Calcutta medical institutions reports 1892-1900
Year: 1892
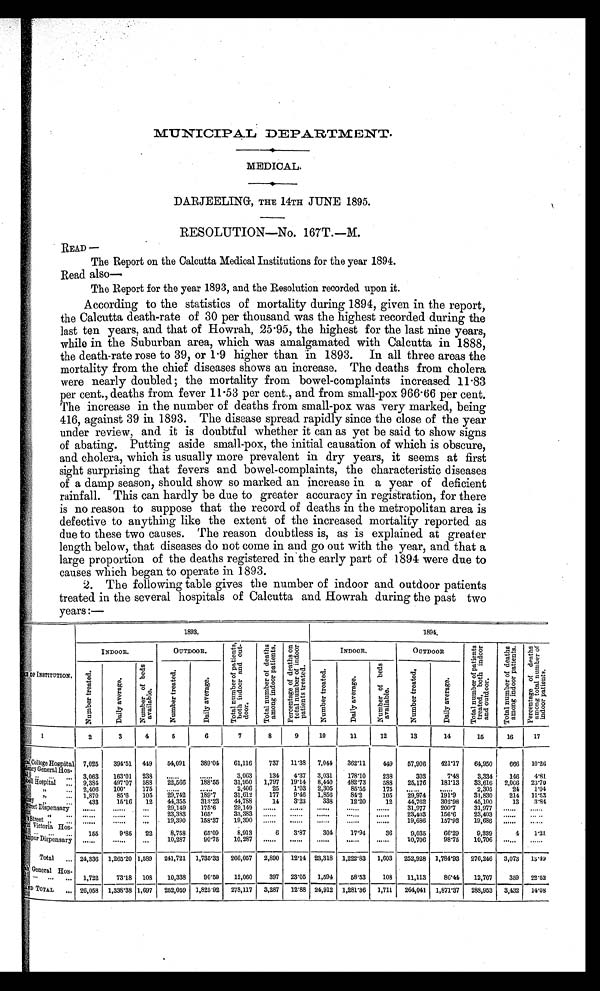
MUNICIPAL DEPARTMENT.
MEDICAL.
DARJEELING, THE 14TH JUNE 1895.
RESOLUTION—No. 167T.—M.
READ—
The Report on the Calcutta Medical Institutions for the year 1894.
Read als
o—
The Report for the year 1893, and the Resolution recorded upon it.
According to the statistics of mortality during 1894, given in the report,
the Calcutta death-rate of 30 per thousand was the highest recorded during the
last ten years, and that of Howrah, 25·95, the highest for the last nine years,
while in the Suburban area, which was amalgamated with Calcutta in 1888,
the death-rate rose to 39, or 1·9 higher than in 1893. In all three areas the
mortality from the chief diseases shows an increase. The deaths from cholera
were nearly doubled; the mortality from bowel-complaints increased 11·83
per cent., deaths from fever 11·53 per cent., and from small-pox 966·66 per cent.
The increase in the number of deaths from small-pox was very marked, being
416, against 39 in 1893. The disease spread rapidly since the close of the year
under review, and it is doubtful whether it can as yet be said to show signs
of abating. Putting aside small-pox, the initial causation of which is obscure,
and cholera, which is usually more prevalent in dry years, it seems at first
sight surprising that fevers and bowel-complaints, the characteristic diseases
of a damp season, should show so marked an increase in a year of deficient
rainfall. This can hardly be due to greater accuracy in registration, for there
is no reason to suppose that the record of deaths in the metropolitan area is
defective to anything like the extent of the increased mortality reported as
due to these two causes. The reason doubtless is, as is explained at greater
length below, that diseases do not come in and go out with the year, and that a
large proportion of the deaths registered in the early part of 1894 were due to
causes which began to operate in 1893.
2. The following table gives the number of indoor and outdoor patients
treated in the several hospitals of Calcutta and Howrah during the past two
years:—
O F N S T I T U T I O N .
1 8 9 3 .
1 8 9 4 .
I N D O O R .
OUTDOOR.
T o t a l n u m b e r o f p a t i e n t s , b o t h i n d o o r a n d o u t - d o o r .
T o t a l n u m b e r o f d e a t h s a m o n g i n d o o r p a t i e n t s .
P e r c e n t a g e o f d e a t h s o n t o t a l n u m b e r o f i n d o o r p a t i e n t s t r e a t e d .
I N D O O R .
O U T D O O R .
T o t a l n u m b e r o f p a t i e n t s t r e a t e d , b o t h i n d o o r a n d o u t d o o r . T o t a l n u m b e r o f d e a t h s a m o n g i n d o o r p a t i e n t s .
P e r c e n t a g e o f d e a t h s a m o n g t o t a l n u m b e r o f i n d o o r p a t i e n t s .
N u m b e r t r e a t e d .
D a i l y a v e r a g e .
N u m b e r o f b e d s a v a i l a b l e .
N u m b e r t r e a t e d .
D a i l y a v e r a g e .
N u m b e r t r e a t e d .
D a i l y a v e r a g e .
N u m b e r o f b e d s a v a i l a b l e .
N u m b e r t r e a t e d .
D a i l y a v e r a g e .
1
2
3
4
5
6
7
8
9
10
1 1
12
13
14
15
16
17
College Hospital 7,025 394.51 449 54,091
389.04
6 1 , 1 1 6 737 11.38 7,044 362.11
449 57,906 421.17
6 4 , 9 5 0 666 10.26
dency General Hos-
3,063 163.01 238
. . . . . .
. . . . . . 3,063
134 4.37 3,031
178.10
238
303
7.48
3,334
146 4.81
bell Hospital
9 , 3 8 4 497.07 588 22,566 188.55 31,950 1,797 19.14 8,440 482.73
588 25,176 181.13 33,616 2,066 23.70
,,
2,406 1 0 0 .
175
. . . . . .
. . . . . . 2,406
25 1.03 2,305
85.55
175
. . . . . .
. . . . . . 2,305
24 1.04
,,
1,870
85.6 105 29,742
1 8 9 . 7 31,612
177 9.46 1,856
84.2
105 29,974
1 9 1 . 9
31,830
214 11.53
, ,
433
15.16 12 44,355 313.23 44,788
14 3.23
338
12.20
12 44,762 302.98
45,100
13 3.84
Street Dispensary
. . . . . .
. . . . . .
. . . 29,149 175.6
29,149......
. . . . . .
. . . . . .
. . . . . .
. . . . . .
. . . . . . 31,977 200.7
31,977
. . . . . .
. . . . . .
,,
. . . . . .
. . . . . .
. . . 23,383 165.
33,383......
. . . . . .
. . . . . .
. . . . . .
. . . . . .
. . . . . . 23,403 156.6
23,403
. . . . . .
. . . . . .
Street ,,
. . . . . .
. . . . . .
. . . 19,390 158.37 19,390
. . . . . .
. . . . . .
. . . . . .
. . . . . .
. . . . . .
19,686 157.93 19,686
. . . . . .
. . . . . .
Victoria Hos-pital
155
9.85 22
8,758
65.09
8,913
6 3.87
304
17.94
36
9,035
66.29
9,339
4 1.31
Manipur Dispensary
. . . . . .
. . . . . .
. . . 10,287
90.75 10,287
. . . . . .
. . . . . .
. . . . . .
. . . . . .
. . . . . .
10,706
98.75 10,706
. . . . . .
. . . . . .
Total
24,336 1,265.20 1,589 241,721 1,735.33 266,057 2,890 12.14 23,318 1,222.83 1,603 252,928 1,784.93 276,246 3,073 13.49
General Hos-pital
1,722
73.18 108 10,338
90.59
12,060
397 23.05 1,594
58.53
108 11,113
86.44
12,707
359 22.52
GRAND TOTAL 26,058 1,338.38 1,697 252,059 1,825.92 278,117 3,287 12.88 24,912 1,281.36 1,711 264,041 1,871.37 288,953 3,432 1 4 . 0 8